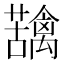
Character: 𮓄